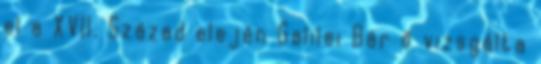
el a XVII. Század elején Galilei Bár ő vizsgálta